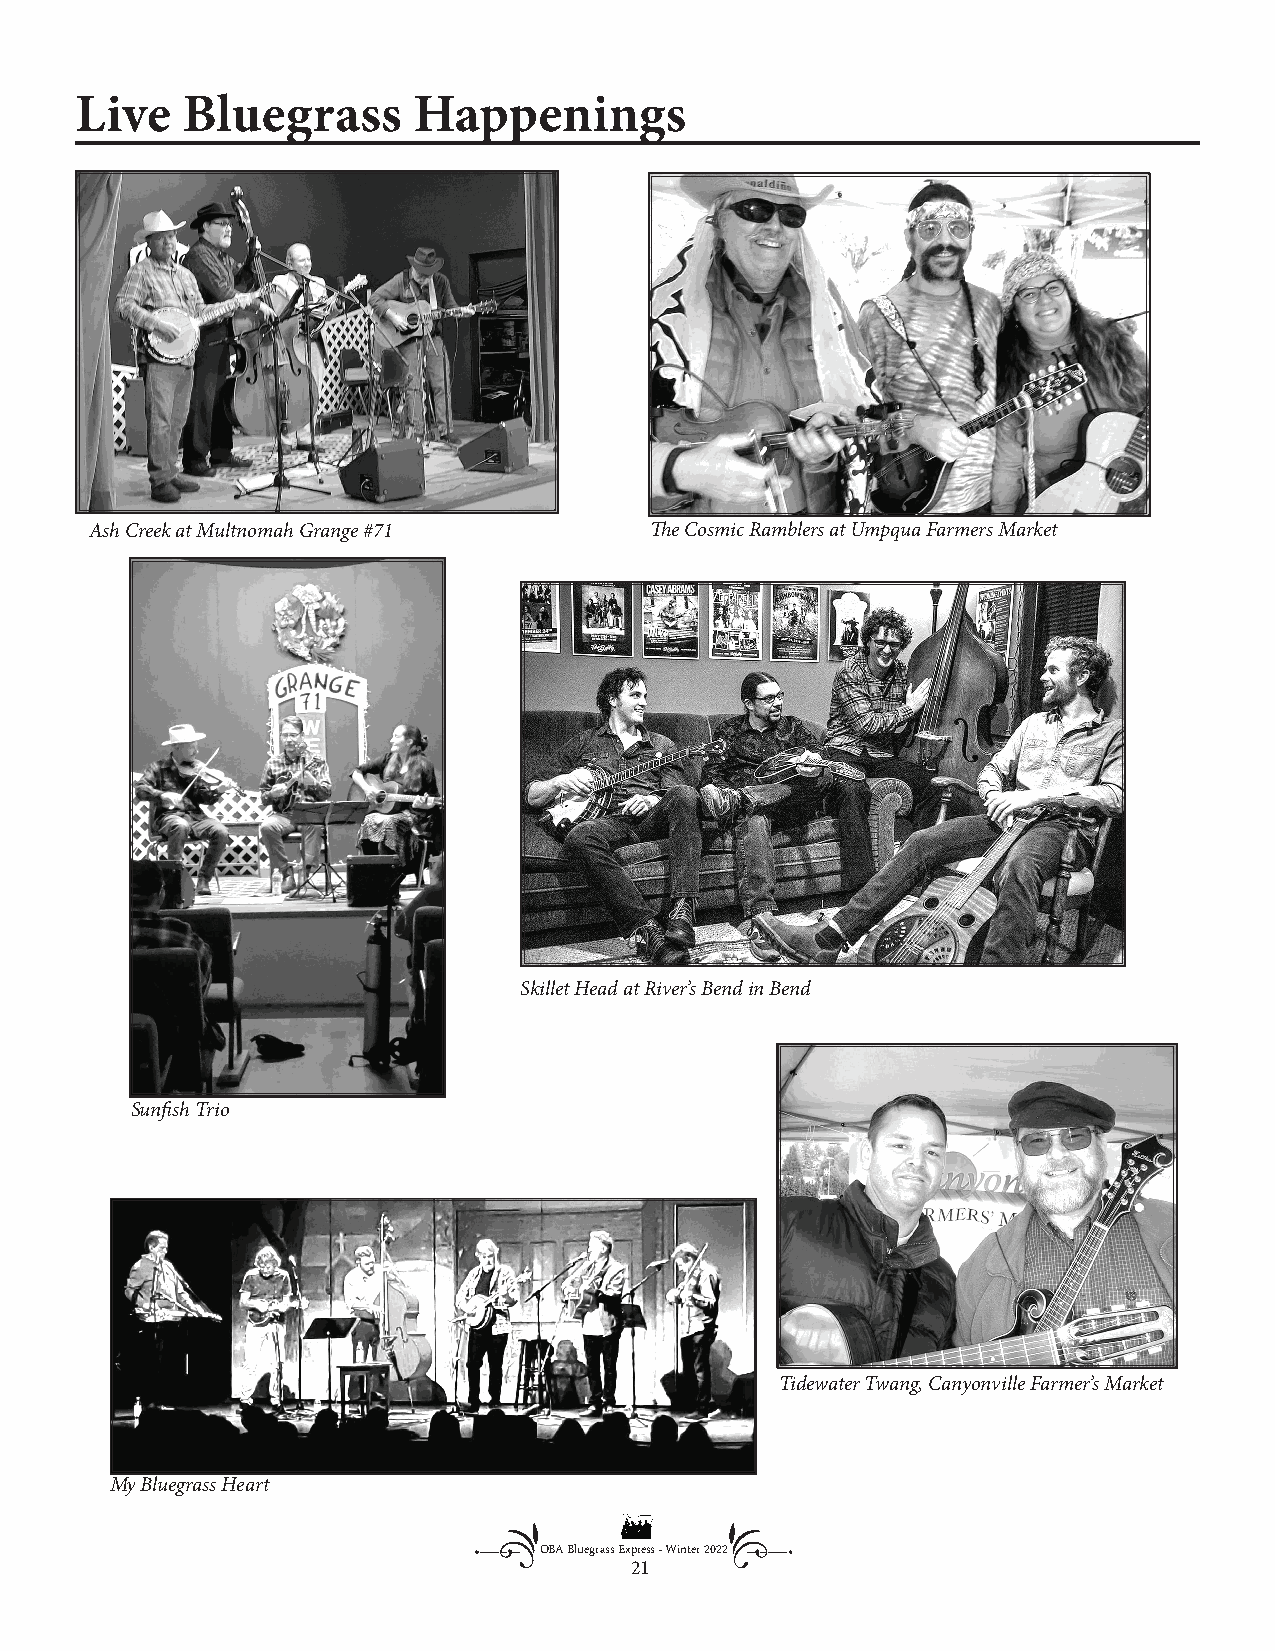
Live   Bluegrass      Happenings
 Ash Creek at Multnomah Grange #71    The Cosmic Ramblers at Umpqua Farmers Market
 Skillet Head at River’s Bend in Bend
 Sunfish Trio
 Tidewater Twang, Canyonville Farmer’s Market
 My Bluegrass Heart
 OBA Bluegrass Express - Winter 2022
 21